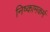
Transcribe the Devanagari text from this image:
निष्कामकर्म